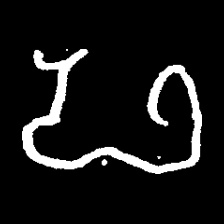
Pyu character \u2014 Myanmar letter: ဖ (romanized: pha)